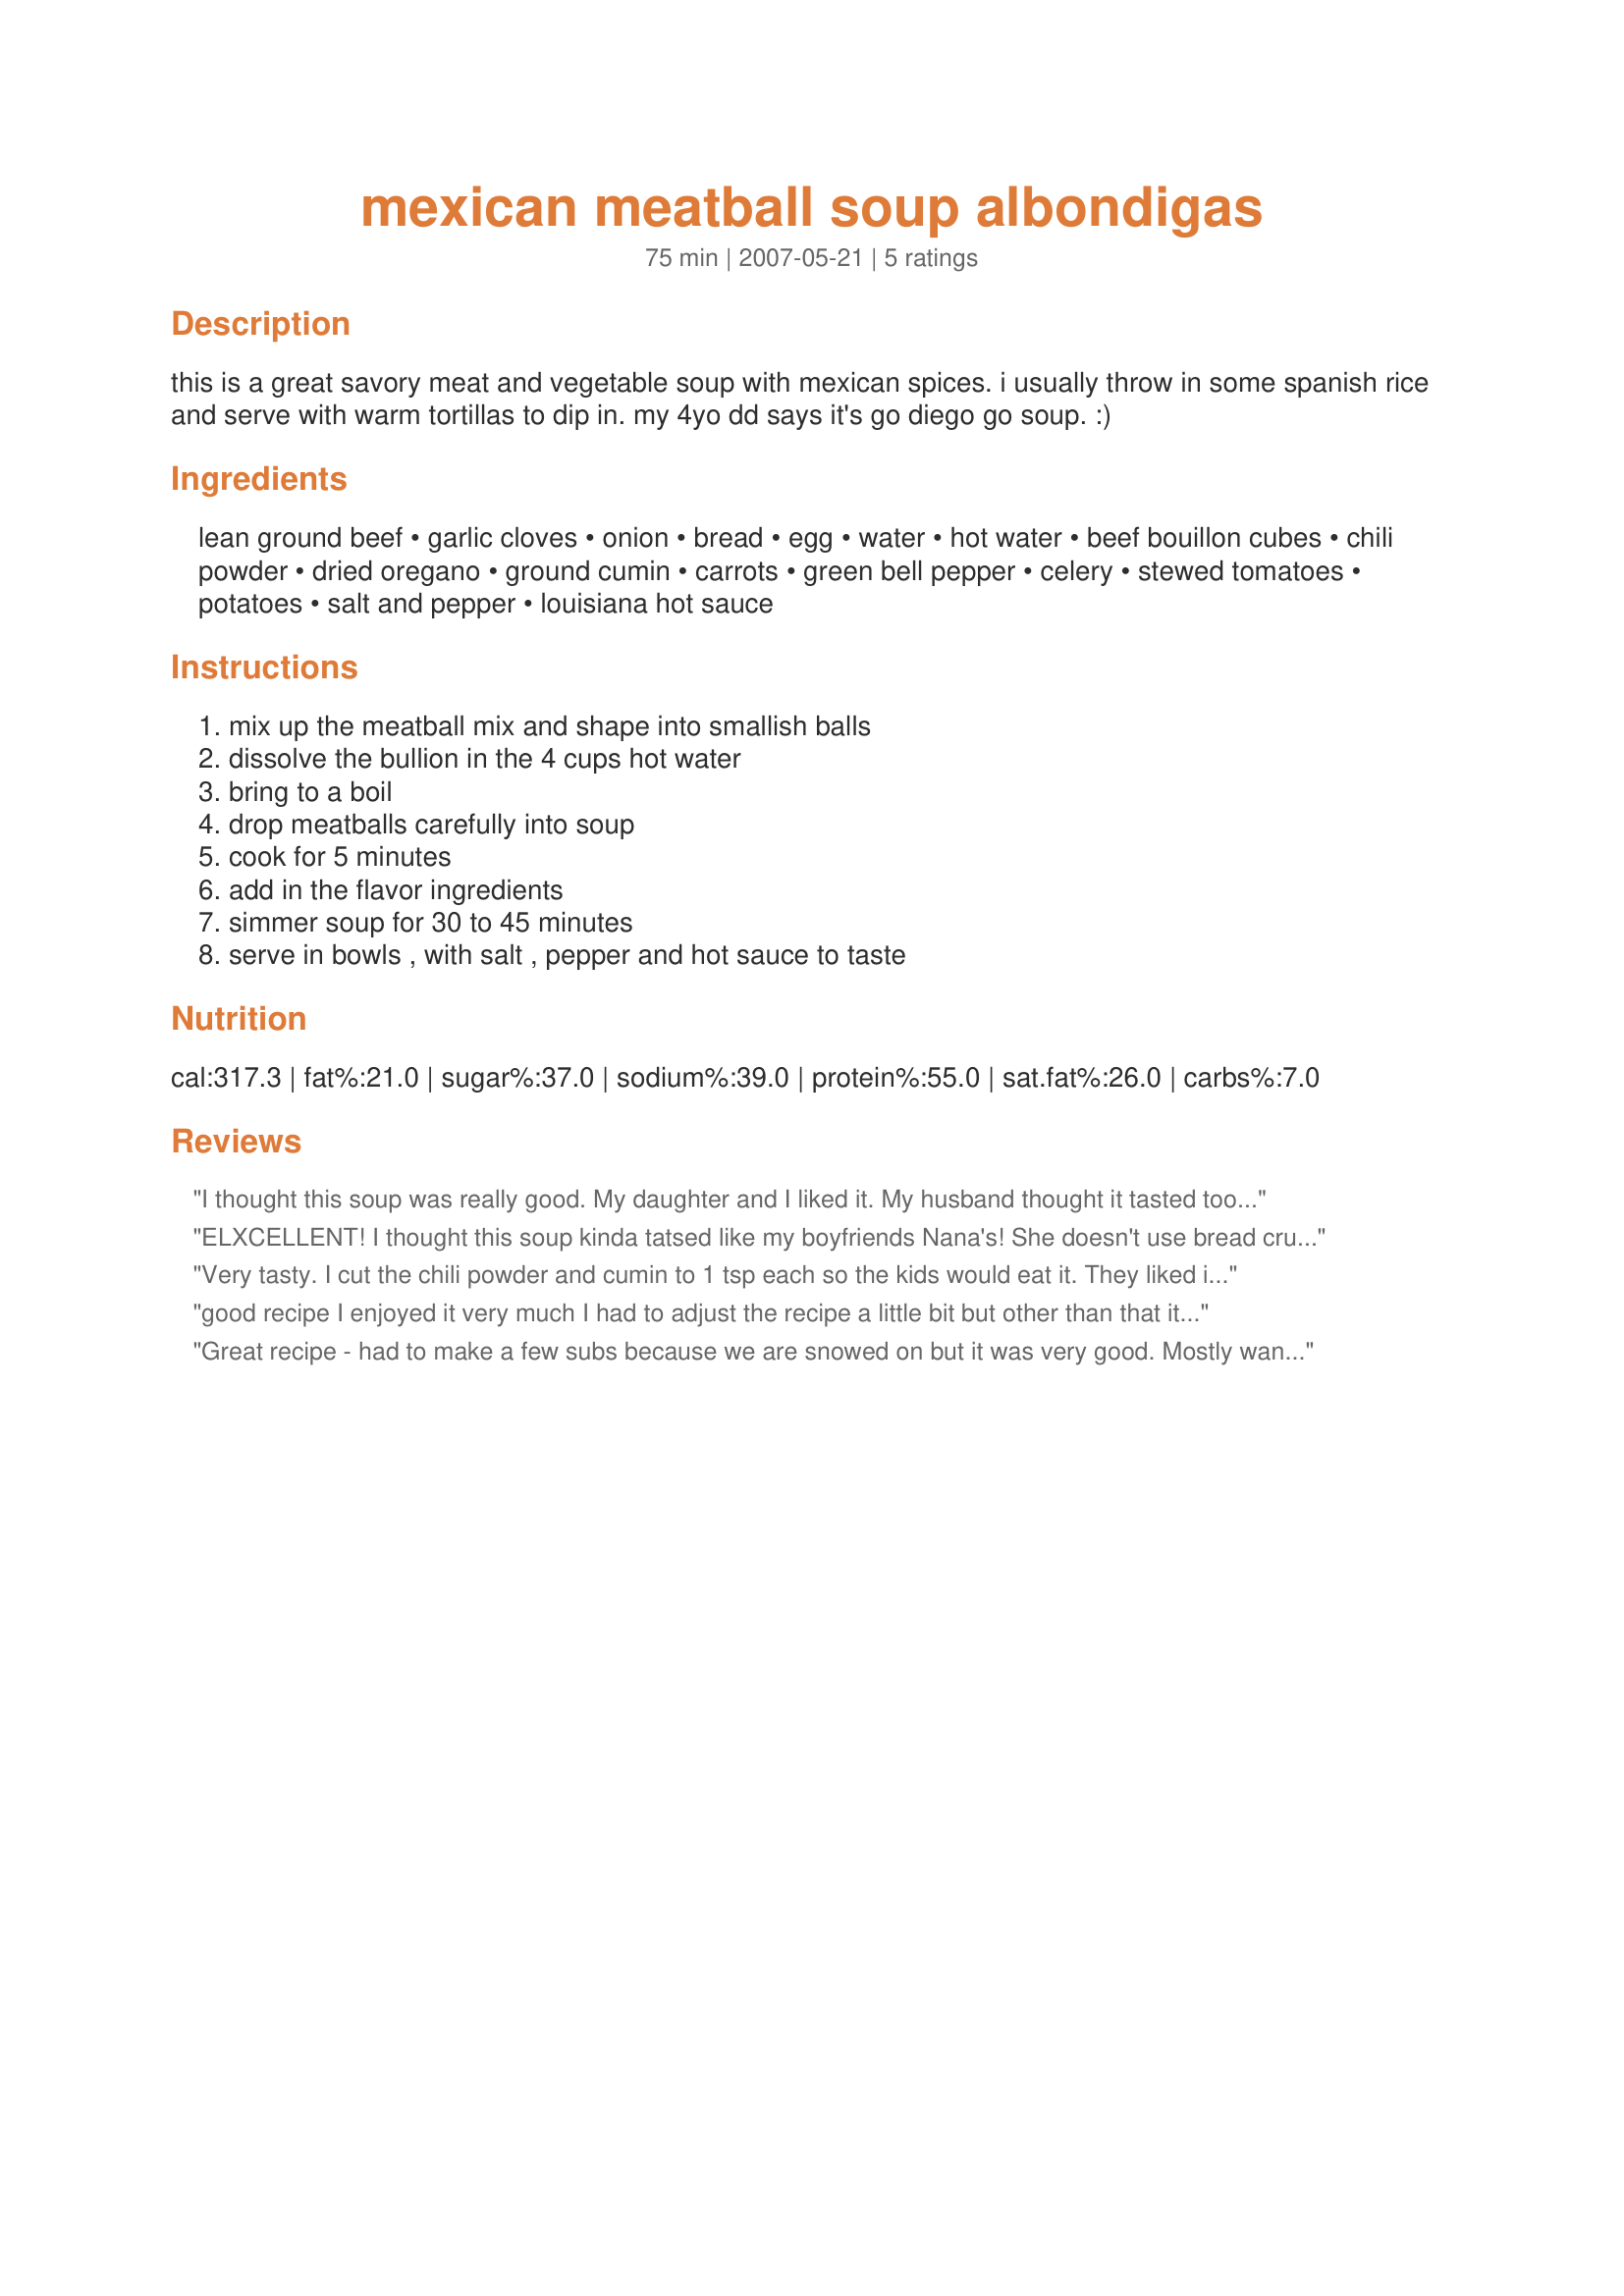
mexican meatball soup albondigas
Preparation time: 75 minutes

this is a great savory meat and vegetable soup with mexican spices. i usually throw in some spanish rice and serve with warm tortillas to dip in. my 4yo dd says it's go diego go soup. :)

Ingredients:
lean ground beef, garlic cloves, onion, bread, egg, water, hot water, beef bouillon cubes, chili powder, dried oregano, ground cumin, carrots, green bell pepper, celery, stewed tomatoes, potatoes, salt and pepper, louisiana hot sauce

Steps:
mix up the meatball mix and shape into smallish balls, dissolve the bullion in the 4 cups hot water, bring to a boil, drop meatballs carefully into soup, cook for 5 minutes, add in the flavor ingredients, simmer soup for 30 to 45 minutes, serve in bowls , with salt , pepper and hot sauce to taste

Reviews:
I thought this soup was really good. My daughter and I liked it. My husband thought it tasted too tomatoey, but he is used to his mommys albondigas. I took a bowl to my neighbor and her family was passing the bowl around. I gave it 5 stars because toward the end of the bowl her son started shuffling the last of it in his mouth. Then licked the last drops from the bottom of the bowl. She told me, "He never eats my albondigas like that." Priceless!!! Taking some to my aunt that is recovering from surgery. We'll see what she says :)
ELXCELLENT! I thought this soup kinda tatsed like my boyfriends Nana's! She doesn't use bread crumbs though. She told me to add a hondfull of flour to keep the meatballs together, bread crumbs taste funny to her. So Ifollowed her way on that part! But other than that, YUMMY!!!!!!!!!!!! I will post a picture of my wonderful soup as soon as it's done cooking! Again thank you for the recipe!
Very tasty. I cut the chili powder and cumin to 1 tsp each so the kids would eat it. They liked it. Pretty easy, filling soup.
good recipe I enjoyed it very much I had to adjust the recipe a little bit but other than that it was great.
Great recipe - had to make a few subs because we are snowed on but it was very good. Mostly wanted to thank you how you wrote the recipe - very easy to follow!
